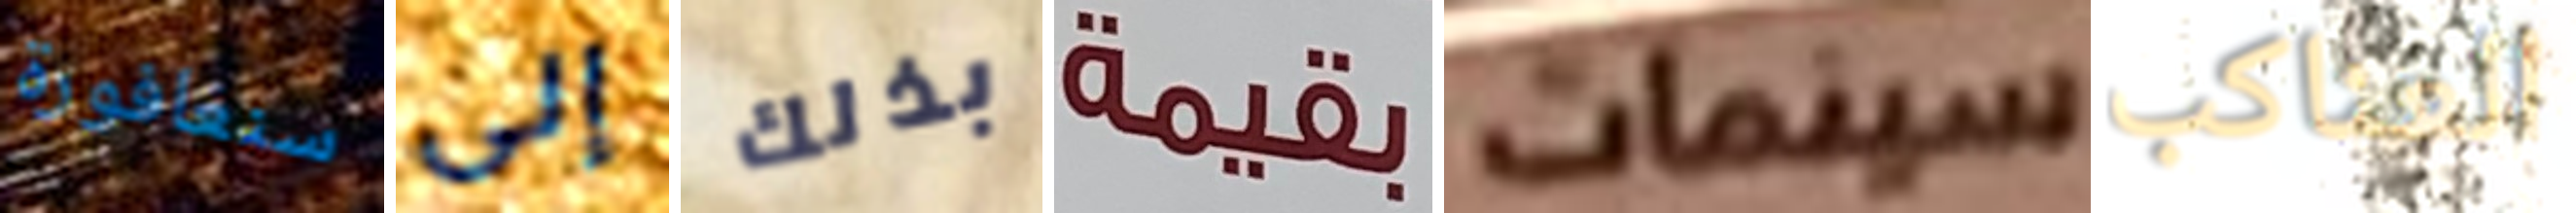
سنغافورة إلى بذلك بقيمة سينمات العناكب